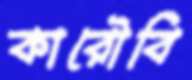
কারৌবি